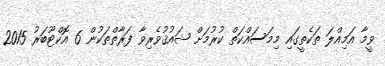
ވީމާ އަމިއްލަ ތަކެތީގައި މިމަސައްކަތް ކުރުމަށް ޝައުޤުވެރިވާ ފަރާތްތަކުން 6 އޮކްޓޫބަރު 2015